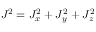
J ^ { 2 } = J _ { x } ^ { 2 } + J _ { y } ^ { 2 } + J _ { z } ^ { 2 }